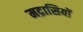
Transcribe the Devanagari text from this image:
मद्रासियों